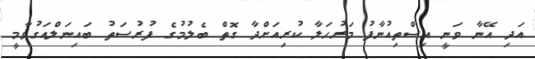
އަދި އޭނާ ވަނީ އިސްތިއުނާފު މަރުހަލާ ކުރިއަށްދާ ގޮތް ބެލުމުގެ ފުރުސަތު ބައިނަލްއަގުވާމީ